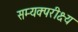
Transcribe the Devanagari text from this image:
सम्यक्परीक्ष्य